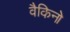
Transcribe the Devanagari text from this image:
वैकिनो